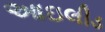
આઇલીડ